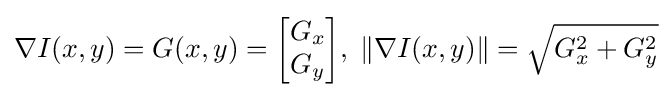
\nabla I(x,y)=G(x,y)={\begin{bmatrix}G_{x}\\G_{y}\end{bmatrix}},\;\left\|\nabla I(x,y)\right\|={\sqrt {G_{x}^{2}+G_{y}^{2}}}